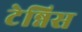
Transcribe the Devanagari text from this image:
टेन्निस